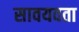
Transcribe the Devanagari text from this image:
सावयवता